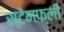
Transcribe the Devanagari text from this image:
स्टेमफ्ली